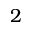
2